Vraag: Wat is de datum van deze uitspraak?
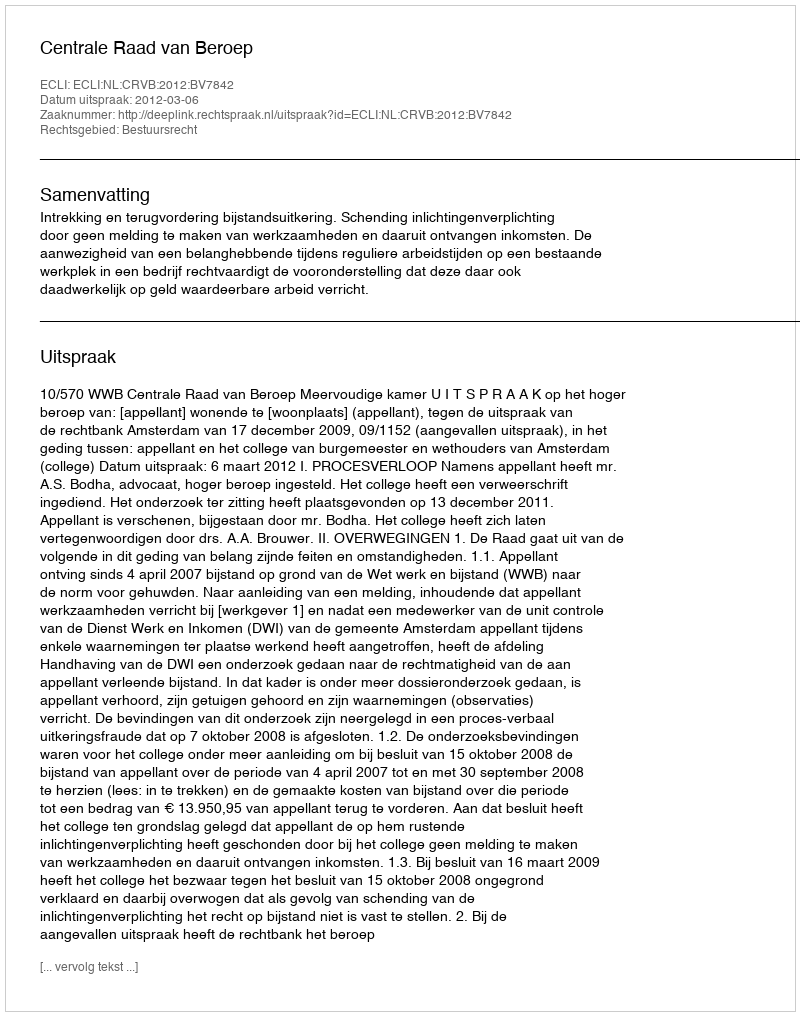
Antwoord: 2012-03-06